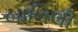
બાબિલી